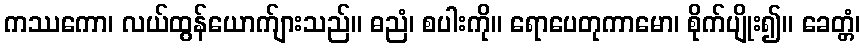
ကဿကော၊ လယ်ထွန်ယောက်ျားသည်။ ဓညံ၊ စပါးကို။ ရောပေတုကာမော၊ စိုက်ပျိုး၍။ ခေတ္တံ၊